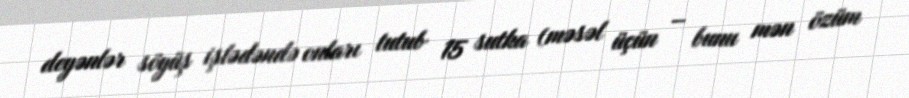
deyənlər söyüş işlədəndə onları tutub 15 sutka (məsəl üçün – bunu mən özüm